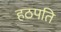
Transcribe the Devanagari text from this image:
हठपति